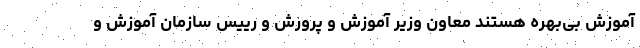
آموزش بی‌بهره هستند معاون وزیر آموزش و پرورش و رییس سازمان آموزش و